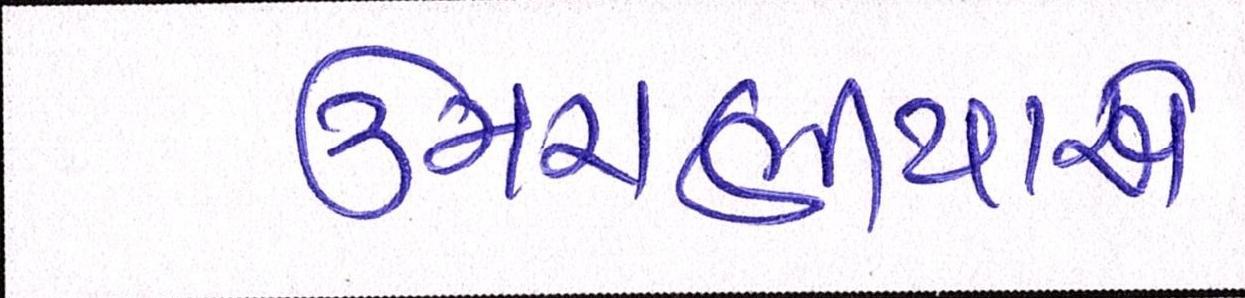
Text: ઉમરાણીયાએ